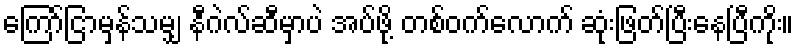
ကြော်ငြာမှန်သမျှ နီဂဲလ်ဆီမှာပဲ အပ်ဖို့ တစ်ဝက်လောက် ဆုံးဖြတ်ပြီးနေပြီကိုး။